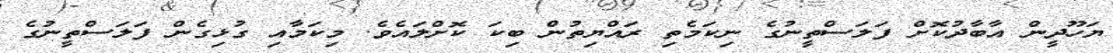
ޔަހޫދީން އާބާދުކޮށް ފަލަސްތީނުގެ ނިކަމެތި ރައްޔިތުން ބިކަ ކޮށްލައެވެ. މިކަމާއި ގުޅިގެން ފަލަސްތީނުގެ